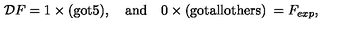
{ \cal D } F = 1 \times \mathrm { ( g o t 5 ) } , \quad \mathrm { a n d } \quad 0 \times \mathrm { ( g o t a l l o t h e r s ) } \: = F _ { e x p } ,